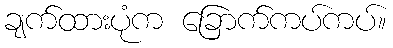
ချက်ထားပုံက ခြောက်ကပ်ကပ်။